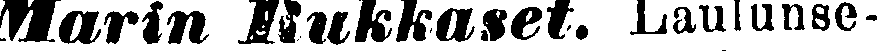
Marin Mukkaset. Laulunse-